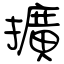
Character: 擴